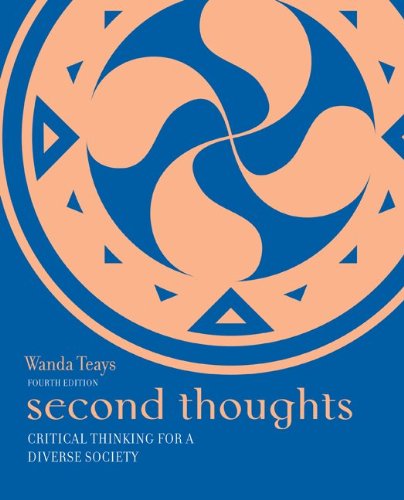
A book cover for Second Thoughts: Critical Thinking for a Diverse Society; Wanda Teays; Politics & Social Sciences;